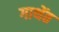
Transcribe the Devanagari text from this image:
गाथेंत